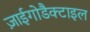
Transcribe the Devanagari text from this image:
ज़ाईगोडैक्टाइल